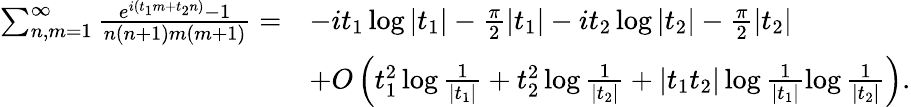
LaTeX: \begin{array}{rl}{\sum_{n,m=1}^{\infty}\frac{e^{i(t_{1}m+t_{2}n)}-1}{n(n+1)m(m+1)}=}&{-it_{1}\log|t_{1}|-\frac{\pi}{2}|t_{1}|-it_{2}\log|t_{2}|-\frac{\pi}{2}|t_{2}|}\\ &{+O\left(t_{1}^{2}\log\frac{1}{|t_{1}|}+t_{2}^{2}\log\frac{1}{|t_{2}|}+|t_{1}t_{2}|\log\frac{1}{|t_{1}|}\log\frac{1}{|t_{2}|}\right).}\end{array}